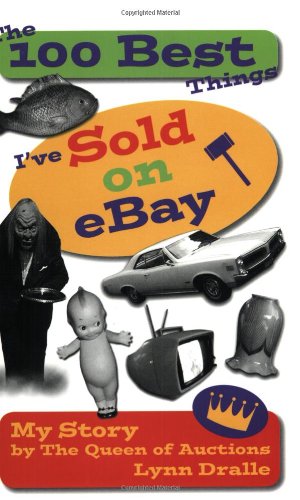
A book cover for The 100 Best Things I've Sold on eBay: My Story--by The Queen of Auctions; Lynn Dralle; Computers & Technology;